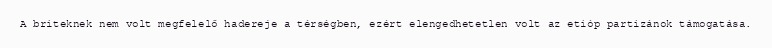
A briteknek nem volt megfelelő hadereje a térségben, ezért elengedhetetlen volt az etióp partizánok támogatása.